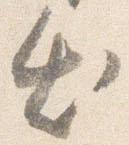
出